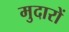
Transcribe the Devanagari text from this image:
मुदारों